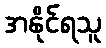
အနိုင်ရသူ